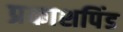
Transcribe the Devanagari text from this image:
प्रकाशपिंड